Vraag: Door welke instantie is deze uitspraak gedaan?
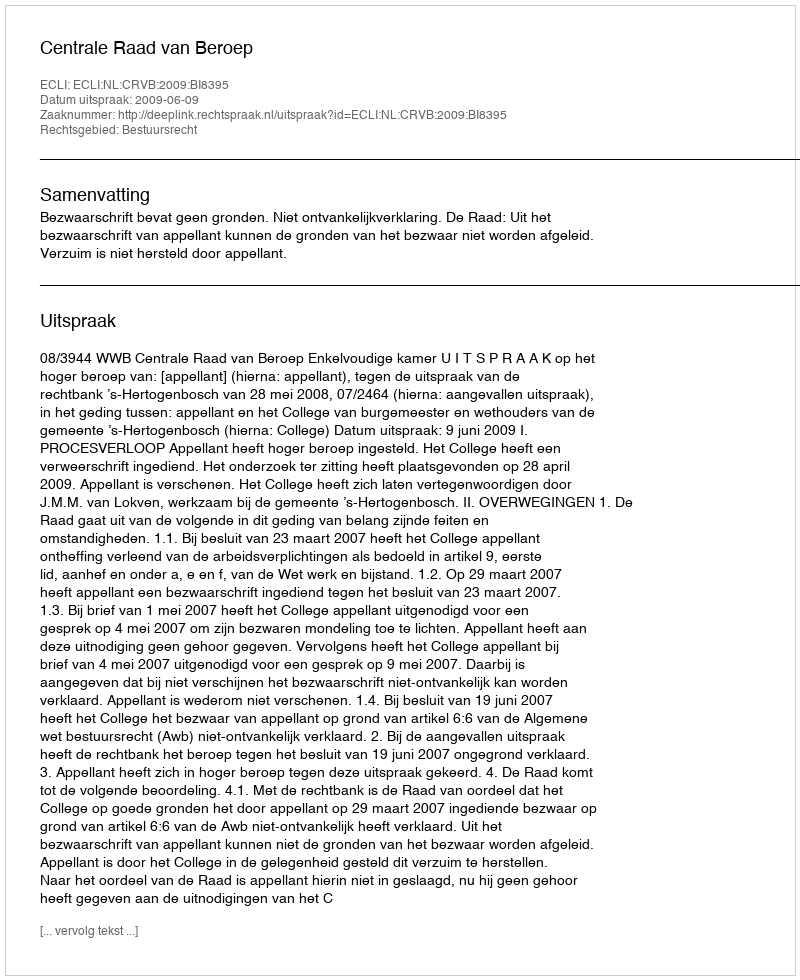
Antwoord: Centrale Raad van Beroep